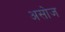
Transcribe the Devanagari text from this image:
असोज